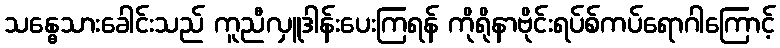
သန္ဓေသားခေါင်းသည် ကူညီလှူဒါန်းပေးကြရန် ကိုရိုနာဗိုင်းရပ်စ်ကပ်ရောဂါကြောင့်